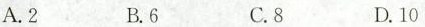
A.2 B.6 C.8 D.10